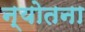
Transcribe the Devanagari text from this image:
न्योतना